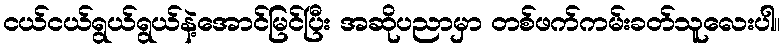
ငယ်ငယ်ရွယ်ရွယ်နဲ့အောင်မြင်ပြီး အဆိုပညာမှာ တစ်ဖက်ကမ်းခတ်သူလေးပါ။